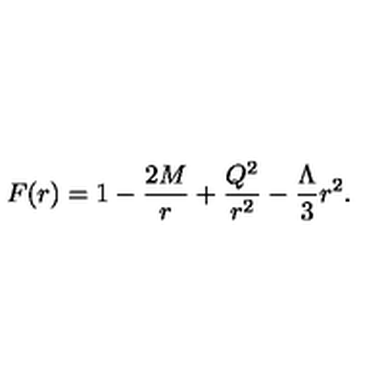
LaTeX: F ( r ) = 1 - { \frac { 2 M } { r } } + { \frac { Q ^ { 2 } } { r ^ { 2 } } } - { \frac { \Lambda } { 3 } } r ^ { 2 } .